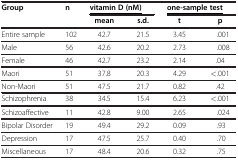
| <ROWSPAN=2> Group | <ROWSPAN=2> n | <COLSPAN=2> <underline>vitamin D (nM)</underline> | <COLSPAN=2> <underline>one-sample test</underline> |
 | mean | s.d. | t | p |
 | --- | --- | --- | --- | --- | --- |
 | Entire sample | 102 | 42.7 | 21.5 | 3.45 | .001 |
 | Male | 56 | 42.6 | 20.2 | 2.73 | .008 |
 | Female | 46 | 42.7 | 23.2 | 2.14 | .04 |
 | Maori | 51 | 37.8 | 20.3 | 4.29 | <.001 |
 | Non-Maori | 51 | 47.5 | 21.7 | 0.82 | .42 |
 | Schizophrenia | 38 | 34.5 | 15.4 | 6.23 | <.001 |
 | Schizoaffective | 11 | 42.8 | 9.00 | 2.65 | .024 |
 | Bipolar Disorder | 19 | 49.4 | 29.2 | 0.09 | .93 |
 | Depression | 17 | 47.5 | 25.7 | 0.40 | .70 |
 | Miscellaneous | 17 | 48.4 | 20.6 | 0.32 | .75 |